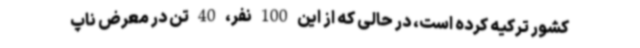
کشور ترکیه کرده است، در حالی که از این 100 نفر، 40 تن در معرض ناپ